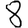
Digit: 8